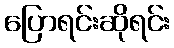
ပြောရင်းဆိုရင်း